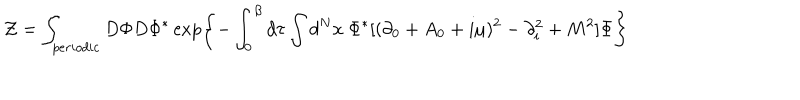
LaTeX: { \cal Z } = \int _ { p e r i o d i c } D \Phi D \Phi ^ { \ast } \exp \left\{ - \int _ { 0 } ^ { \beta } d \tau \int d ^ { N } x \ \Phi ^ { \ast } [ ( \partial _ { 0 } + A _ { 0 } + i \mu ) ^ { 2 } - \partial _ { i } ^ { 2 } + M ^ { 2 } ] \Phi \right\}